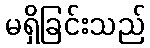
မရှိခြင်းသည်